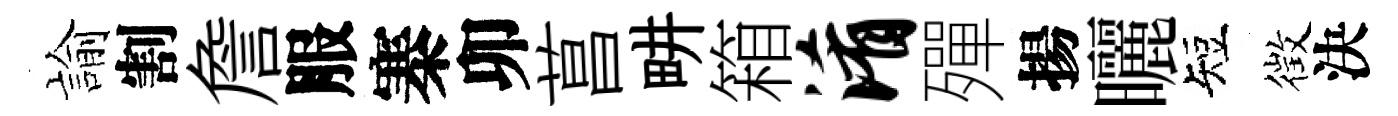
諭割詹服寨卯菖畊箱淆殫揚曬短徴決